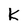
Character: K